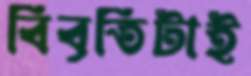
বিবৃতিটাই